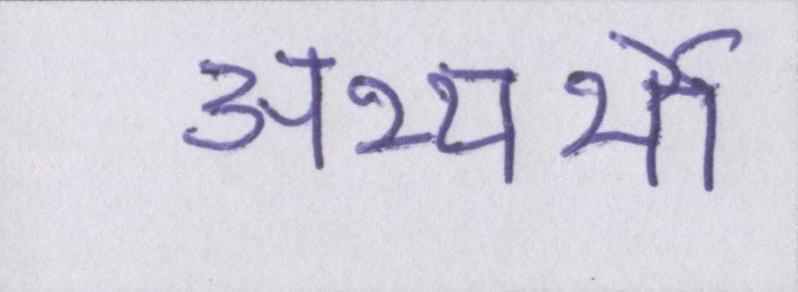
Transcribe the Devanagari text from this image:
अभ्यर्थी